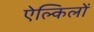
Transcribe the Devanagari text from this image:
ऐल्किलों